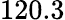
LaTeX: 120.3